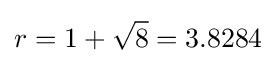
r=1+{\sqrt {8}}=3.8284